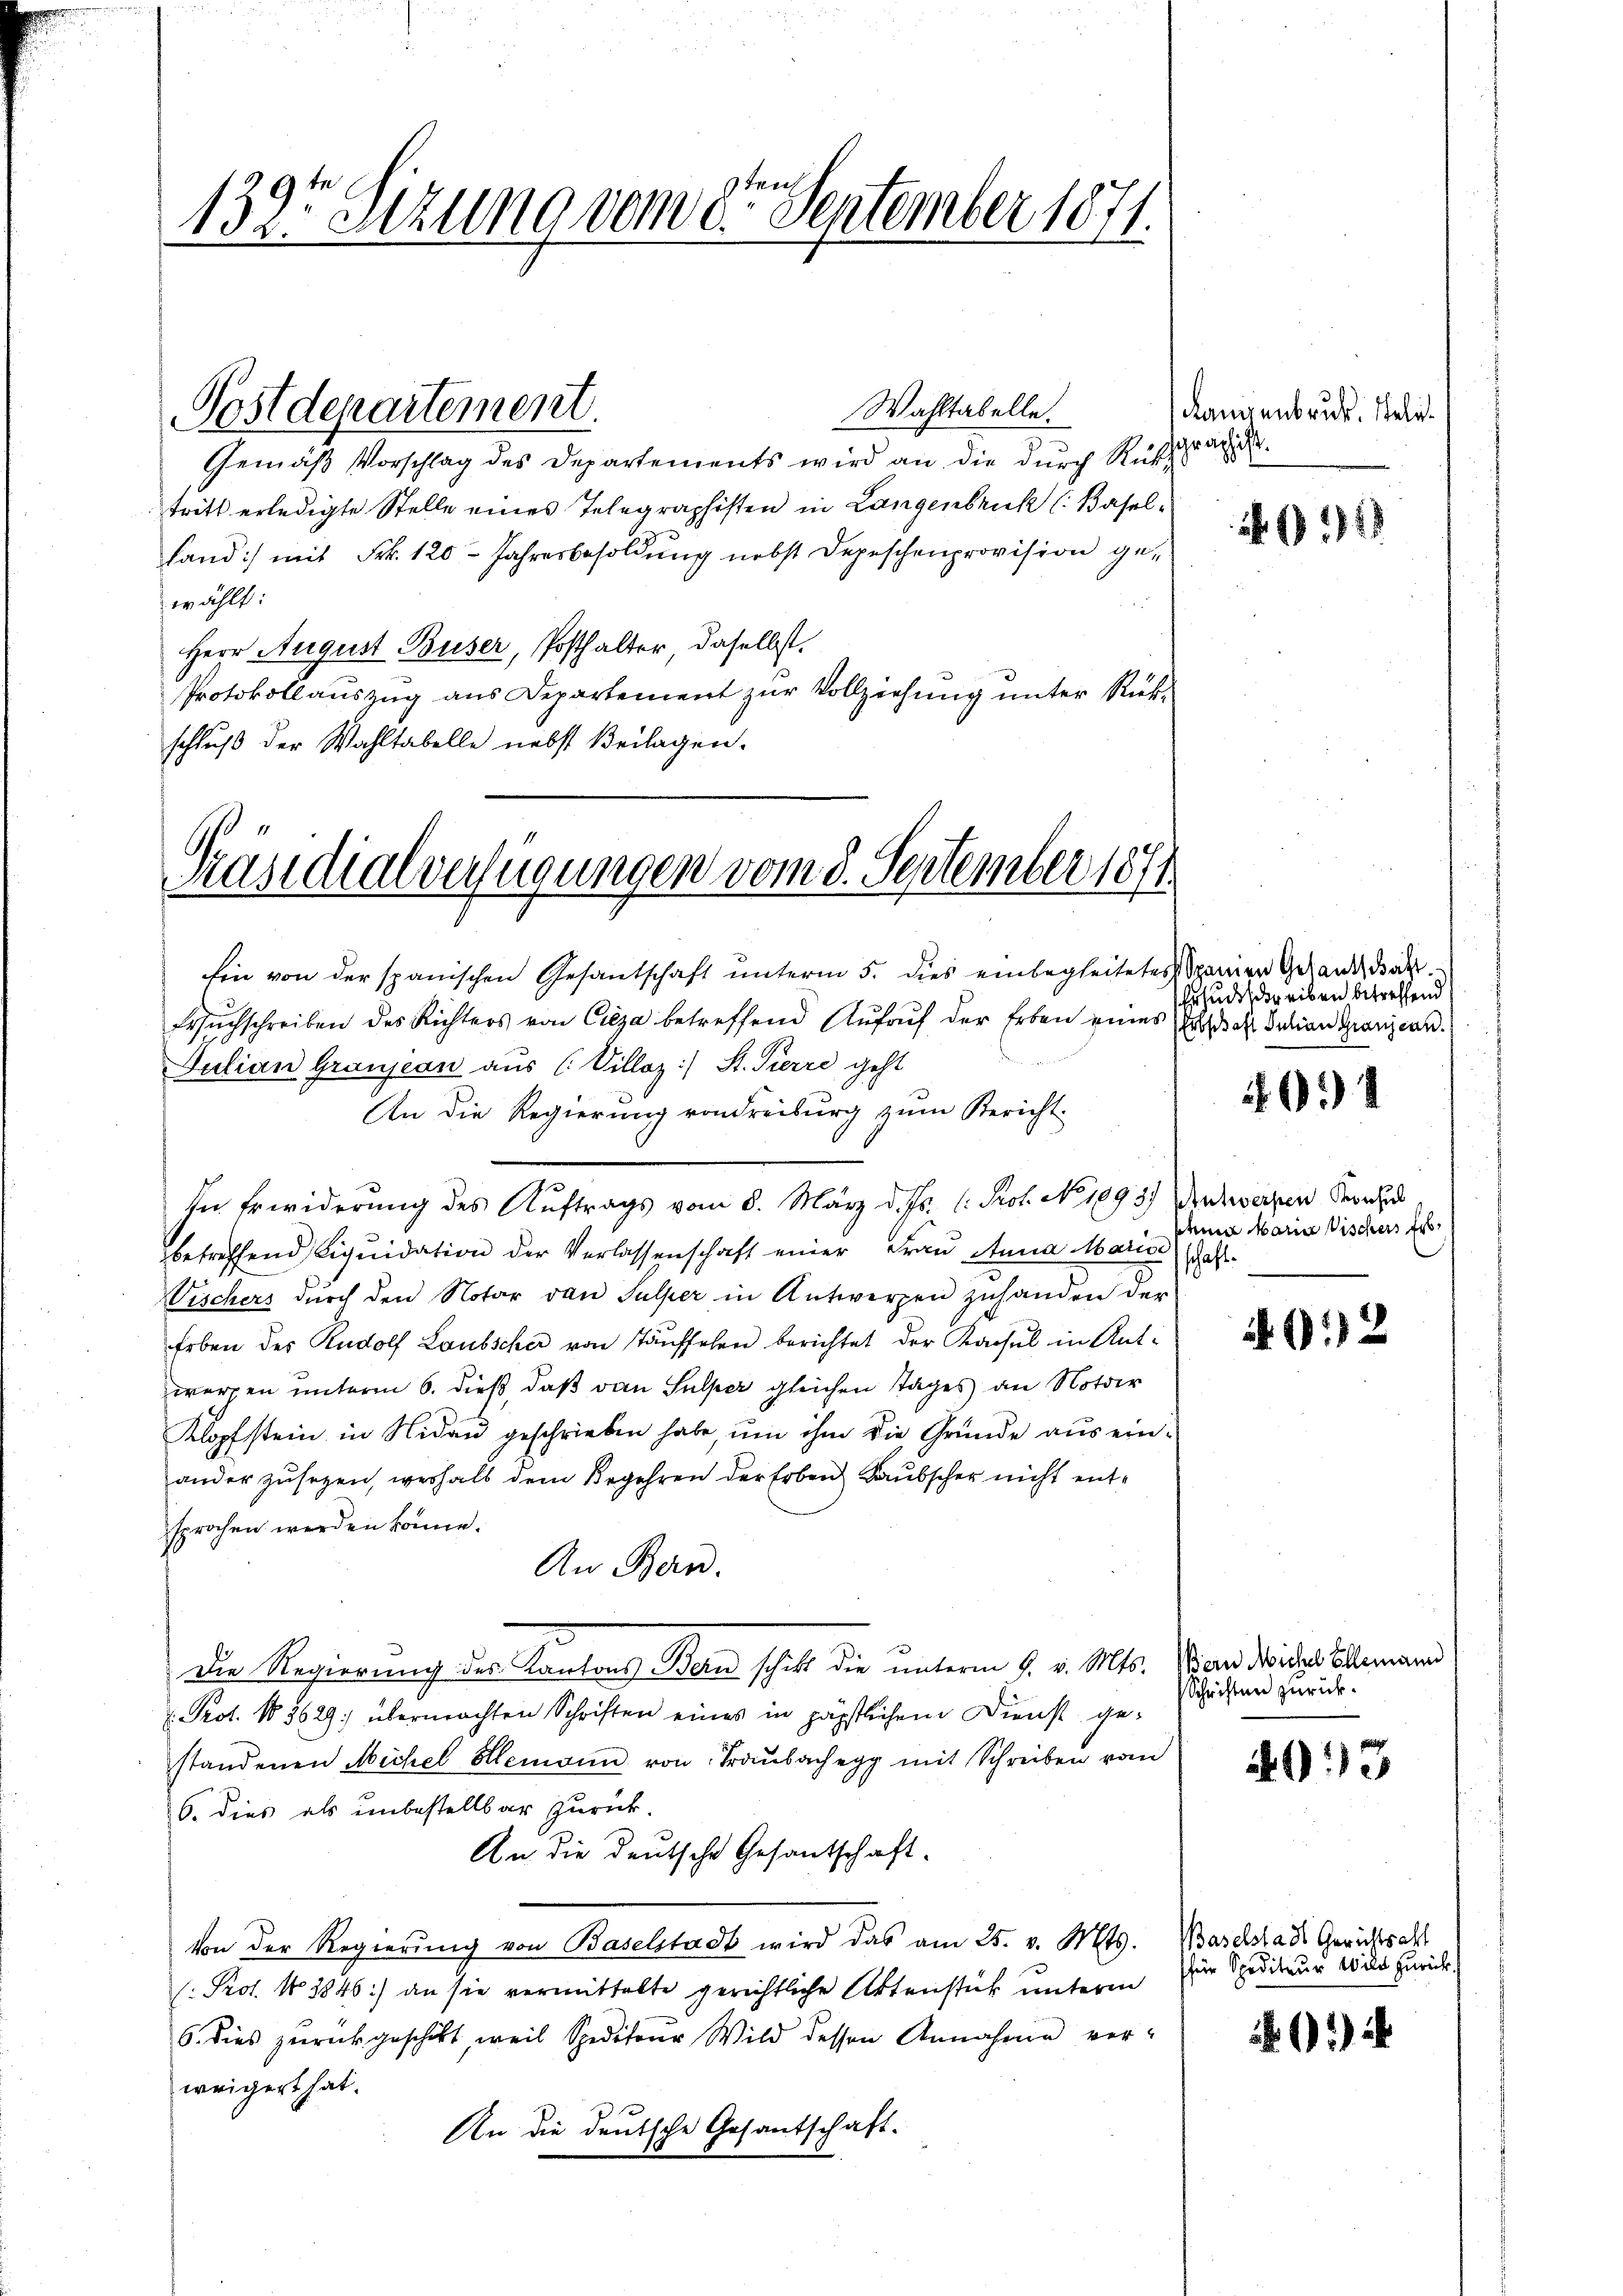
1397 Sizung vom 8ten September 1871.

Wahltabelle.
Gemäß Vorschlag des Departements wird an die durch Rufrag
tritt erledigte Stelle eines Telegraphisten in Langenbruck (Baselland) mit Frk. 120 Jahresbesoldung nebst Depeschenprovision gewählt:
Herr August Buser, Posthalter, daselbst.
Protokollauszug aus Departement zur Vollziehung unter Rückschluß der Wahltabelle nebst Beilagen.

Postdepartement.

Präsidialverfügungen vom 8. September 1871

Ein von der spanischen Gesantschaft unterm 5. dies einbegleitetes Spannen Gestand dar¬
Ersuchschreiben des Richters von Cieza betreffend Aufruf der Erben eines Grosses Julian Gränz(...).
Julian Granjean aus (Villoz:/ St. Pierre geht
An die Regierung von dreiburg zum Bericht-
In Erwiderung des Auftrags vom 8. März d. Js. 1. Prof. No. 1093. Auswerten Kern
betreffend Liqŭidation der Verlassenschaft einer Frau Anna Marie
Vischers durch den Notar von Sulzer in Antwerpen zuhanden der
Erben des Rudolf Laubscher von Taufsehen berichtet der Kachel in Antwerfen unterm 6. dieß, daß von Sulper gleichen Tages an Noter
Klopfstein in Nidau geschrieben habe, um ihm die Gründe aus einander zusezen, weshalb dem Begehren der Erben Raubscher nicht entsprochen werden könne.
An Bern.
Die Regierung des Kantons Bau schikt die unterm 9. v. Mts.
 Prot. No 3629; übermachten Schriften eines in päpstlichem Dienst gestandenen Michel Hlemann von Traubachegg mit Schreiben vom
6. dies als unbestellbar zurück.
An die deutsche Gesantschaft.
von der Regierŭng von Baselstadt wird das am 25. v. Mts.
(Prot. No 3846) an sie vermittelte gerichtliche Aktenstück unterm
6. dies zŭrückgeschickt, weil Spediteur Wild dessen Annahme verweigert hat.
An die deutsche Gesantschaft.

Langenbruck. Seli¬

11

Ersuchschreiben betreffend

1614

schnen Marie Vischers Ers
schaft.

2

Wein Michel Ellemann
Schriften zurück.

403

Baselstadt Gerichtsakt
für Spediteur Wild zurück

)